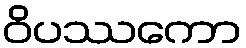
ဝိပဿကော